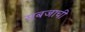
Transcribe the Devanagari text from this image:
सबजाची